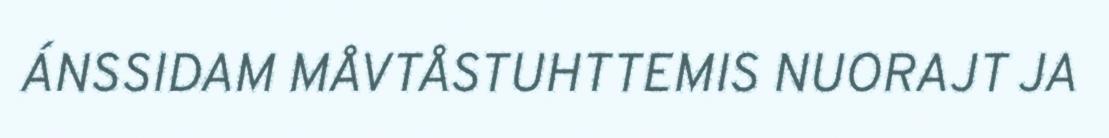
ÁNSSIDAM MÅVTÅSTUHTTEMIS NUORAJT JA